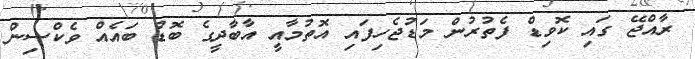
ރާއްޖޭ ގައި ކޮވިޑް ފެތުރުން މަޑުޖެހިފައި އޮތުމާއީ އާބާދީގެ ބޮޑު ބައެއް ވެކްސިން